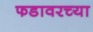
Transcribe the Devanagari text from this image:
फडावरच्या